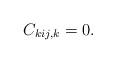
LaTeX: \begin{align*} C_{kij, k}=0.\end{align*}